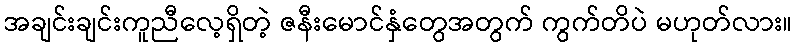
အချင်းချင်းကူညီလေ့ရှိတဲ့ ဇနီးမောင်နှံတွေအတွက် ကွက်တိပဲ မဟုတ်လား။